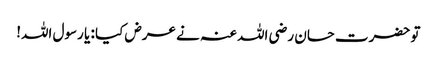
تو حضرت حسان رضی اللہ عنہ نے عرض کیا : یا رسول اللہ!